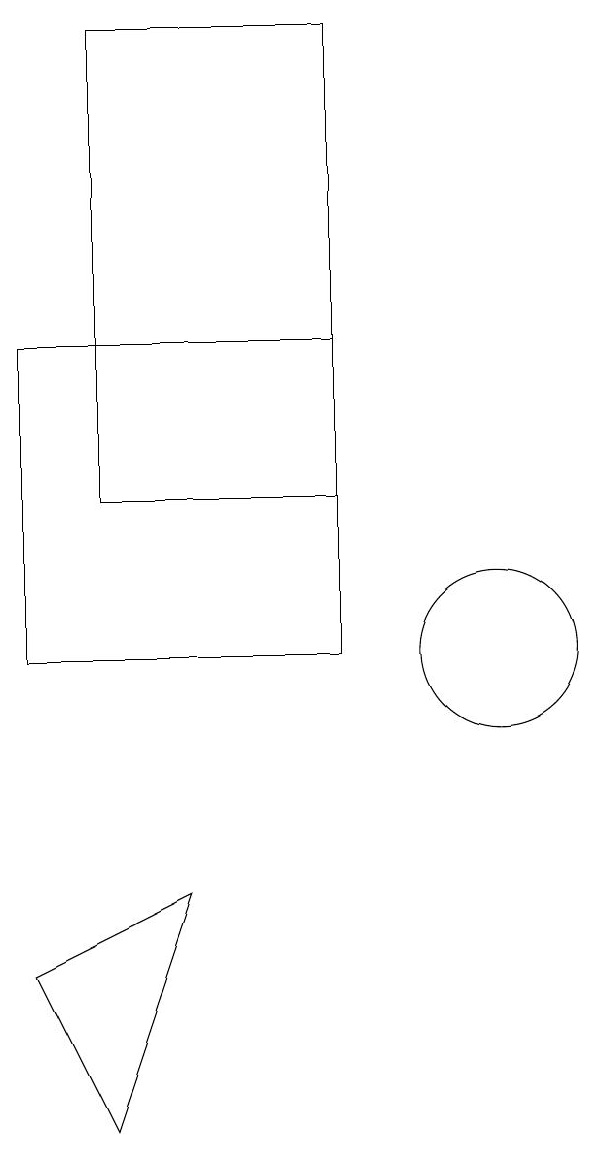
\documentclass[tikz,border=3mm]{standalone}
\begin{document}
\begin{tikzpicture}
\draw (6,7) -- (4,6) -- (5,4) -- cycle;
\draw (4,14) rectangle (8,10);
\draw (10,10) circle (1);
\draw (8,18) rectangle (5,12);
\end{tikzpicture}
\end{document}